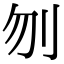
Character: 刎